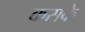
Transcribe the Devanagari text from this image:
कसके